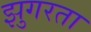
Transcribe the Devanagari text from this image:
झुगरता